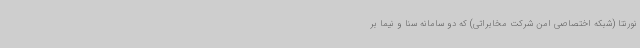
نورنتا (شبکه اختصاصی امن شرکت مخابراتی) که دو سامانه سنا و نیما بر